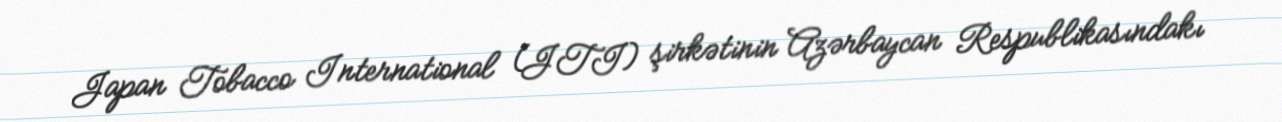
Japan Tobacco International (JTI) şirkətinin Azərbaycan Respublikasındakı